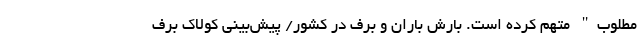
مطلوب" متهم کرده است. بارش باران و برف در کشور/ پیش‌بینی کولاک برف